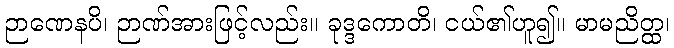
ဉာဏေနပိ၊ ဉာဏ်အားဖြင့်လည်း။ ခုဒ္ဒကောတိ၊ ငယ်၏ဟူ၍။ မာမညိတ္ထ၊